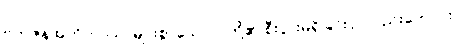
ဗဟုဇနအဟိတာယ၊ များစွာသောလူတို့၏ စီးပွားမရှိခြင်းငှာလည်းကောင်း။